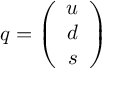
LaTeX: q = \left( \begin{array} { c } { { u } } \\ { { d } } \\ { { s } } \end{array} \right)